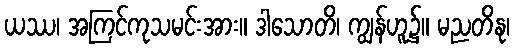
ယဿ၊ အကြင်ကုသမင်းအား။ ဒါသောတိ၊ ကျွန်ဟူ၌။ မညတိနု၊